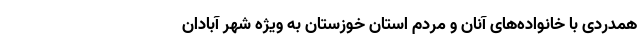
همدردی با خانواده‌های آنان و مردم استان خوزستان به ویژه شهر آبادان